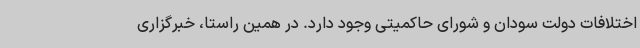
اختلافات دولت سودان و شورای حاکمیتی وجود دارد. در همین راستا، خبرگزاری